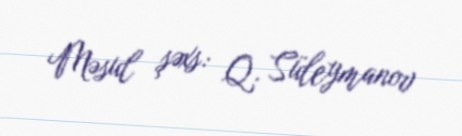
Məsul şəxs: Q. Süleymanov